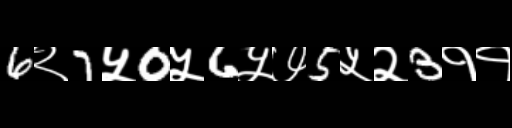
Text: 6२7५0५6५७5५२3११